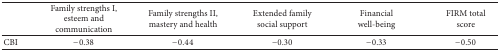
<table><thead><tr><td><b> </b></td><td><b>Family strengths I, esteem and communication</b></td><td><b>Family strengths II, mastery and health</b></td><td><b>Extended family social support</b></td><td><b>Financial well-being</b></td><td><b>FIRM total score</b></td></tr></thead><tbody><tr><td>CBI</td><td>−0.38</td><td>−0.44</td><td>−0.30</td><td>−0.33</td><td>−0.50</td></tr></tbody></table>